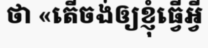
ថា «តើចង់ឲ្យខ្ញុំធ្វើអ្វី